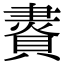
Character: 𧷇